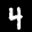
Label: 4